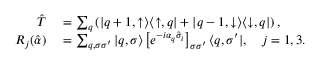
\begin{array} { r l } { \hat { T } } & { { } = \sum _ { q } \left( | q + 1 , \uparrow \rangle \langle \uparrow , q | + | q - 1 , \downarrow \rangle \langle \downarrow , q | \right) , } \\ { R _ { j } ( \hat { \alpha } ) } & { { } = \sum _ { q , \sigma \sigma ^ { \prime } } | q , \sigma \rangle \left[ e ^ { - i \alpha _ { q } \hat { \sigma } _ { i } } \right] _ { \sigma \sigma ^ { \prime } } \langle q , \sigma ^ { \prime } | , \quad j = 1 , 3 . } \end{array}